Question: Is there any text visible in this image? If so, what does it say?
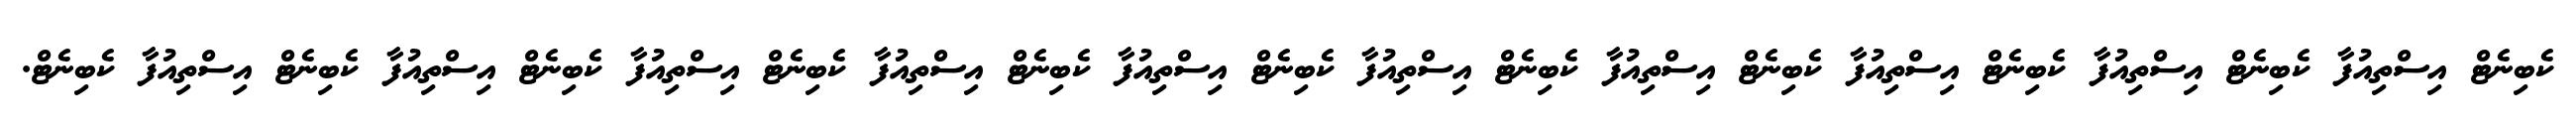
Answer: ކެބިނެޓް އިސްތިއުފާ ކެބިނެޓް އިސްތިއުފާ ކެބިނެޓް އިސްތިއުފާ ކެބިނެޓް އިސްތިއުފާ ކެބިނެޓް އިސްތިއުފާ ކެބިނެޓް އިސްތިއުފާ ކެބިނެޓް އިސްތިއުފާ ކެބިނެޓް އިސްތިއުފާ ކެބިނެޓް އިސްތިއުފާ ކެބިނެޓް އިސްތިއުފާ ކެބިނެޓް.